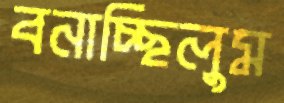
বনাচ্ছিলুম